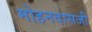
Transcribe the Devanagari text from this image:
मोहनदासजी